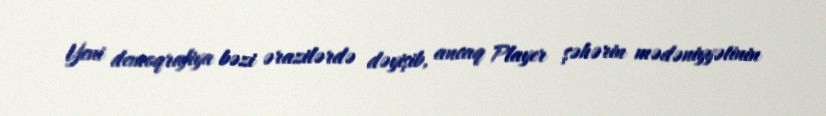
Yeni demoqrafiya bəzi ərazilərdə dəyişib, ancaq Player şəhərin mədəniyyətinin